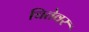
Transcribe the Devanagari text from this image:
चितेवर